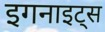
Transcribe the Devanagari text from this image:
इगनाइट्स